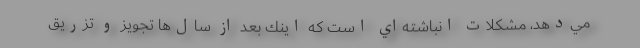
مي‌دهد، مشكلات انباشته‌اي است كه اينك بعد از سال‌ها تجويز و تزريق